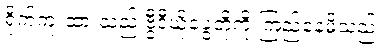
ရိုက်ကူးထားသည့် ဗွီဒီယိုခွေတို့ကို ကြည့်နေမိသည်။